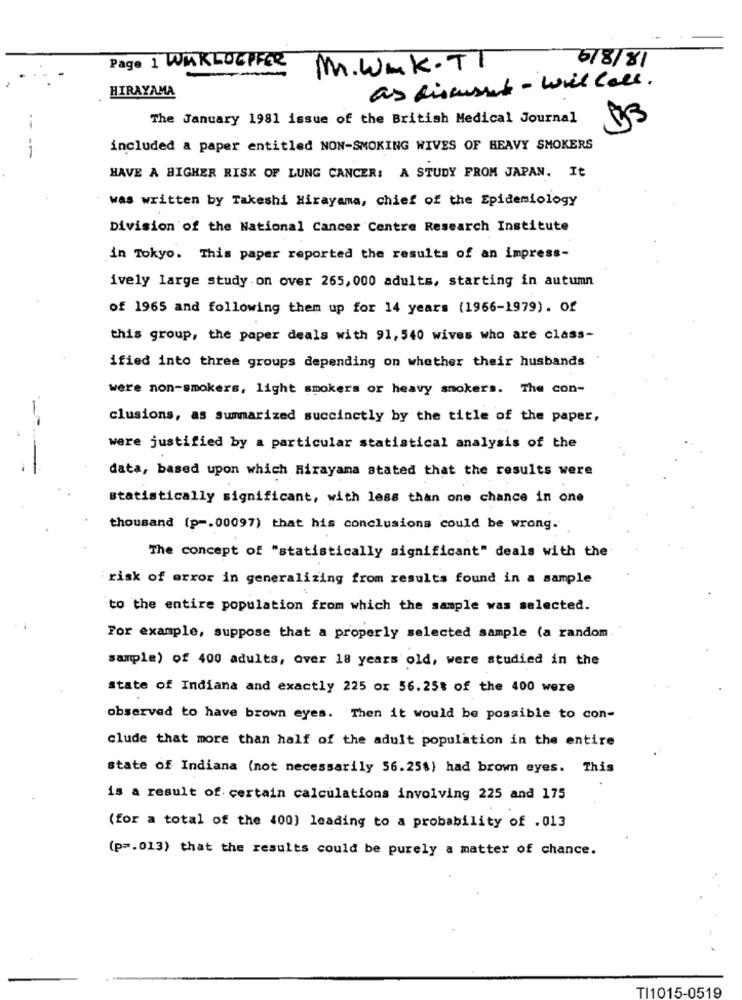
Page 1 WAKLOEPFOR
M.wuk.TT
5/8/81
HIRAYAMA
as discussed - will call.
The January 1981 issue of the British Medical Journal
$3
--
included a paper entitled NON-SMOKING WIVES OF HEAVY SMOKERS
HAVE A HIGHER RISK OF LUNG CANCER: A STUDY FROM JAPAN. It
was written by Takeshi Hirayama, chief of the Epidemiology
Division of the National Cancer Centre Research Institute
in Tokyo. This paper reported the results of an impress-
ively large study on over 265, 000 adults, starting in autumn
of 1965 and following them up for 14 years (1966-1979). Of
this group, the paper deals with 91, 540 wives who are class-
ified into three groups depending on whether their husbands
were non-smokers, light smokers or heavy smokers. The con-
clusions, as Summarized succinctly by the title of the paper,
were justified by a particular statistical analysis of the
data, based upon which Hirayama stated that the results were
statistically significant, with less than one chance in one
thousand (p -. 00097) that his conclusions could be wrong.
The concept of "statistically significant" deals with the
risk of error in generalizing from results found in a sample
to the entire population from which the sample was selected.
For example, suppose that a properly selected sample (a random
sample) of 400 adults, over 18 years old, were studied in the
state of Indiana and exactly 225 ox 56.25% of the 400 were
observed to have brown eyes. Then it would be possible to con-
clude that more than half of the adult population in the entire
state of Indiana (not necessarily 56.25%) had brown eyes. This
is a result of certain calculations involving 225 and 175
(for a total of the 400) leading to a probability of .013
(p =. 013) that the results could be purely a matter of chance.
TI1015-0519